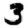
Digit: 3